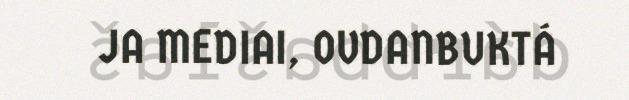
JA MEDIAI, OVDANBUKTÁ